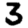
Digit: 3